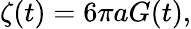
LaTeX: \zeta(t)=6\pi aG(t),